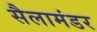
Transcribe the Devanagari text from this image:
सैलामंडर